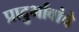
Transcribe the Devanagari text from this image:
प्रादुर्भावांचे